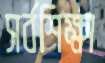
সর্বশিক্ষা